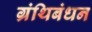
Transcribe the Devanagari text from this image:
ग्रंथिबंधन